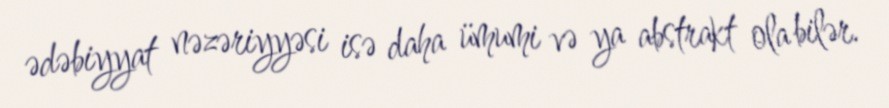
ədəbiyyat nəzəriyyəsi isə daha ümumi və ya abstrakt ola bilər.